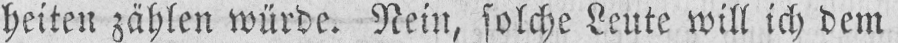
heiten zählen würde. Rein, solche Leute will ich dem